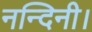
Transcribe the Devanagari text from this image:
नन्दिनी।